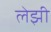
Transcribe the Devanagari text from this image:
लेझी